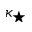
\kappa _ { \star }